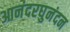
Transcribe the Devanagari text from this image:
आनंदरघुनंदन